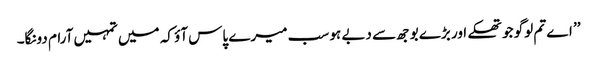
’’ اے تم لوگو جو تھکے اور بڑے بوجھ سے دبے ہو سب میرے پاس آؤ کہ میں تمہیں آرام دونگا۔